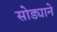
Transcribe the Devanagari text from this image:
सोड्याने